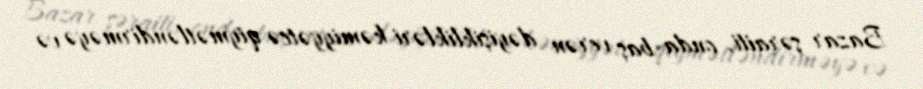
Bazar şəraiti, onda baş verən dəyişiklikləri kəmiyyətcə qiymətləndirməyə və